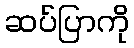
ဆပ်ပြာကို